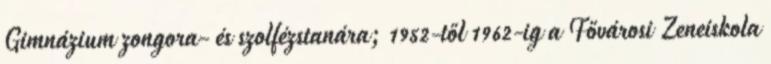
Gimnázium zongora- és szolfézstanára; 1952-től 1962-ig a Fővárosi Zeneiskola